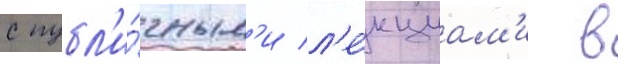
с публ'и́чным'и л'е́кциам'и в